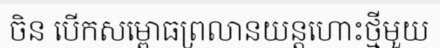
ចិន បើកសម្ពោធព្រលានយន្តហោះថ្មីមួយ